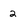
Character: 2